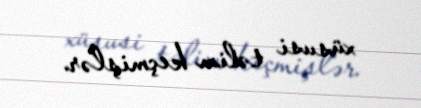
xüsusi təlim keçmişlər.